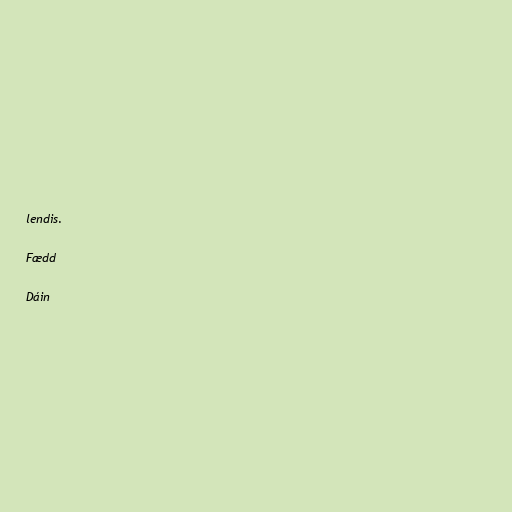
lendis.

Fædd

Dáin